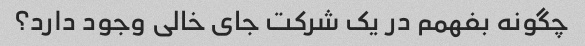
چگونه بفهمم در یک شرکت جای خالی وجود دارد؟